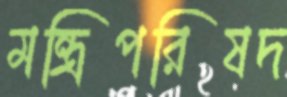
মন্ত্রিপরিষদ